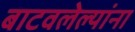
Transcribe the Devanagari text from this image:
बाटवलेल्यांना